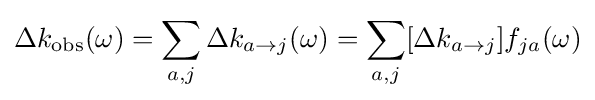
\Delta k_{\mathrm {obs} }(\omega )=\sum _{a,j}\Delta k_{a\to j}(\omega )=\sum _{a,j}[\Delta k_{a\to j}]f_{ja}(\omega )